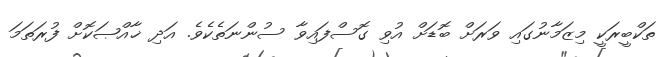
ތަކްބީރަކީ މިޒަމާނުގައި ވަރަށް ބޮޑަށް އުވި ގޮސްފައިވާ ސުންނަތެކެވެ. އަދި ޚާއްޞަކޮށް ފުރަތަމަ